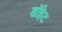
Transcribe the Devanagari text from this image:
डॉहेट